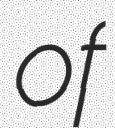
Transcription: of